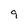
Character: 9